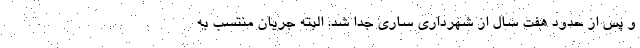
و پس از حدود هفت سال از شهرداری ساری جدا شد. البته جریان منتسب به